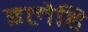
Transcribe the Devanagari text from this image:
इलैहि